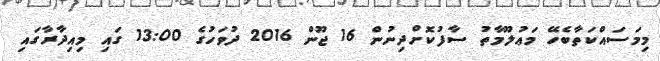
މިމަސައްކަތާބެހޭ މަޢުލޫމާތު ސާފުކޮށްދިނުން 16 ޖޫން 2016 ދުވަހުގެ 13:00 ގައި މިއިދާރާގައި